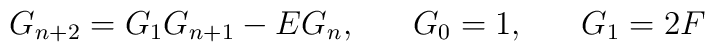
G_{n+2} = G_{1} G_{n+1}-EG_{n},\;\;\;\;\;\; G_{0}=1,\;\;\;\;\;\;G_{1}=2F